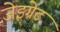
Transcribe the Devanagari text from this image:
जेइग्रेट